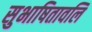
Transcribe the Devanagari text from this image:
सुभाषितावलि